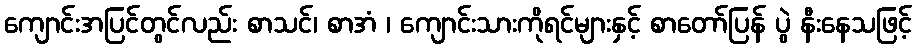
ကျောင်းအပြင်တွင်လည်း စာသင်၊ စာအံ ၊ ကျောင်းသားကိုရင်များနှင့် စာတော်ပြန် ပွဲ နီးနေသဖြင့်